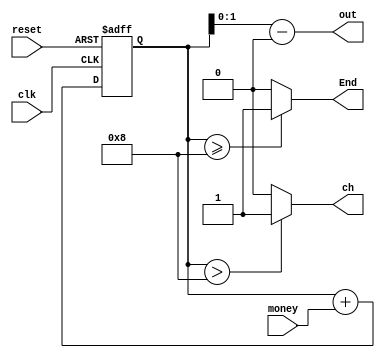

/*
  Total = 8, c5 = 1, c10 = 2
*/

module counter_m (clk, reset, money, End, ch, out);

  input 	       clk, reset;
  input [2:0] money;
  output End, ch;
  output [1:0] out;

  reg [3:0] count;
  reg End,ch;
  wire [3:0] result;
  
  always @(posedge clk, posedge reset)
  begin
    if ( reset )  count <= 4'b0000;
    else count <= count + money;
  end 

  always @(count)
  begin
    End = 0; ch = 0;
    if ( count >= 4'b1000 ) End = 1;
    if ( count >  4'b1000 ) ch = 1;
  end

  assign result = count -4'b1000;
  assign out = result[1:0];
 
endmodule // counter